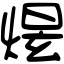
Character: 𤋉